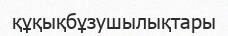
құқықбұзушылықтары